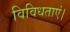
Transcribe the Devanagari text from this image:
विविधताएं।